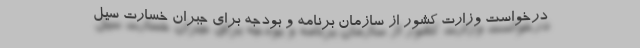
درخواست وزارت کشور از سازمان برنامه و بودجه برای جبران خسارت سیل